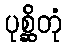
ပုစ္ဆိတုံ